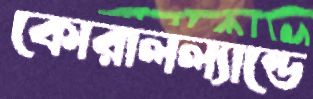
কোরালল্যান্ডে